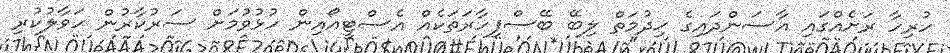
ހުރިހާ ރަށެއްގައި އާސަންދައިގެ ޚިދުމަތް ލިބޭ ބޭސްފިހާރަތަކެއް އެސްޓީއޯއިން ހުޅުވުމަށް ސަރުކާރުން ހަވާލުކުރި